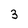
Character: 3